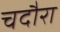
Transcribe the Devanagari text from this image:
चदौरा